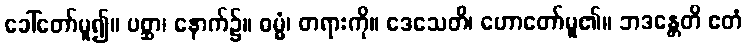
ခေါ်တော်မူ၍။ ပစ္ဆာ၊ နောက်၌။ ဓမ္မံ၊ တရားကို။ ဒေသေတိ၊ ဟောတော်မူ၏။ ဘဒန္တေတိ ဧတံ